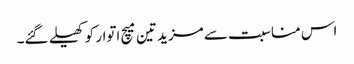
اس مناسبت سے مزید تین میچ اتوار کو کھیلے گئے۔